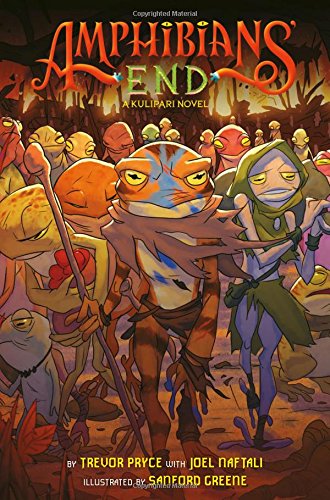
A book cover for Amphibians' End: A Kulipari Novel; Trevor Pryce; Children's Books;